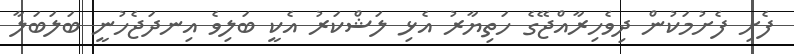
ފެށި ފެށުމަކުން ދިވެހިރާއްޖޭގެ ހަތިޔާރު އެޅި ލަޝްކަރު އެކީ ބަލިވެ އިނދަޖެހުނީ ބަލަބަލާ